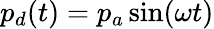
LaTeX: p_{d}(t)=p_{a}\sin(\omega t)